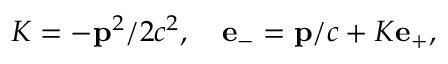
K = - { \bf p } ^ { 2 } / 2 c ^ { 2 } , \quad { \bf e } _ { - } = { \bf p } / c + K { \bf e } _ { + } ,